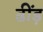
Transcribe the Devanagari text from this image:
ढींड़